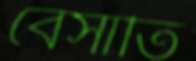
বেসাতি